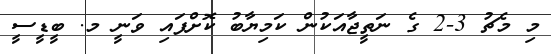
މި މެޗު 3-2 ގެ ނަތީޖާއަކުން ކަމިޔާބު ކޮށްފައި ވަނީ މ. ބީޑީސީ